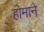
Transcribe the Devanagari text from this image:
होमाने